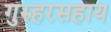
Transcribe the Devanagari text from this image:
गुरुहरसहाय